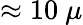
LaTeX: \approx 10~\mu